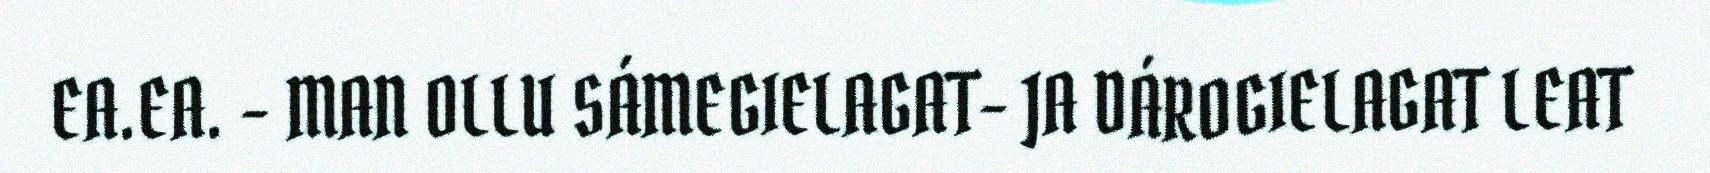
EA.EA. - MAN OLLU SÁMEGIELAGAT- JA DÁROGIELAGAT LEAT